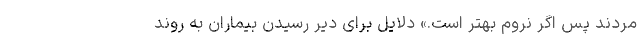
مردند پس اگر نروم بهتر است.» دلایل برای دیر رسیدن بیماران به روند